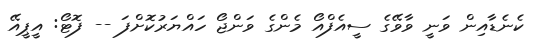
ކެނެޑާއިން ވަނީ ވާވޭގެ ސީއެފްއޯ މެންގެ ވަންޖޯ ހައްޔަރުކޮށްފަ -- ފޮޓޯ: އީޕީއޭ